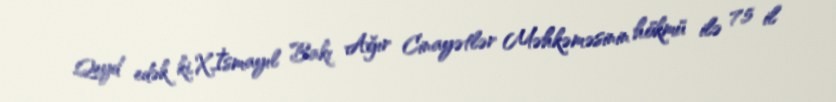
Qeyd edək ki, X.İsmayıl Bakı Ağır Cinayətlər Məhkəməsinin hökmü ilə 7,5 il